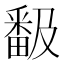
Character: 𭻬